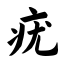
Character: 疣